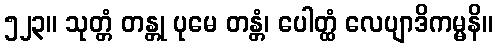
၅၂၃။ သုတ္တံ တန္တု ပုမေ တန္တံ၊ ပေါတ္ထံ လေပျာဒိကမ္မနိ။